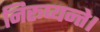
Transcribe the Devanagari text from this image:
निरूप्यन्ते।